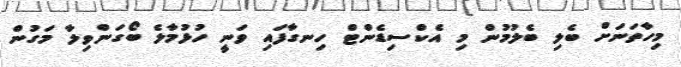
މިހާތަނަށް ބެލި ބެލުމުން މި އެކްސިޑެންޓް ހިނގާފައި ވަނީ ހުޅުމާލެ ބޯގަންވިލާ މަގުން